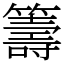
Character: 籌